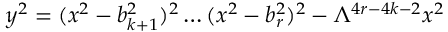
y ^ { 2 } = ( x ^ { 2 } - b _ { k + 1 } ^ { 2 } ) ^ { 2 } \ldots ( x ^ { 2 } - b _ { r } ^ { 2 } ) ^ { 2 } - \Lambda ^ { 4 r - 4 k - 2 } x ^ { 2 }